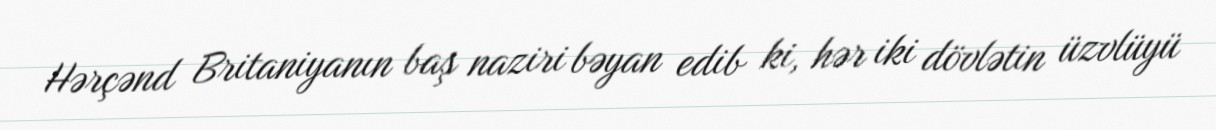
Hərçənd Britaniyanın baş naziri bəyan edib ki, hər iki dövlətin üzvlüyü